Materia medica of Madras volume I
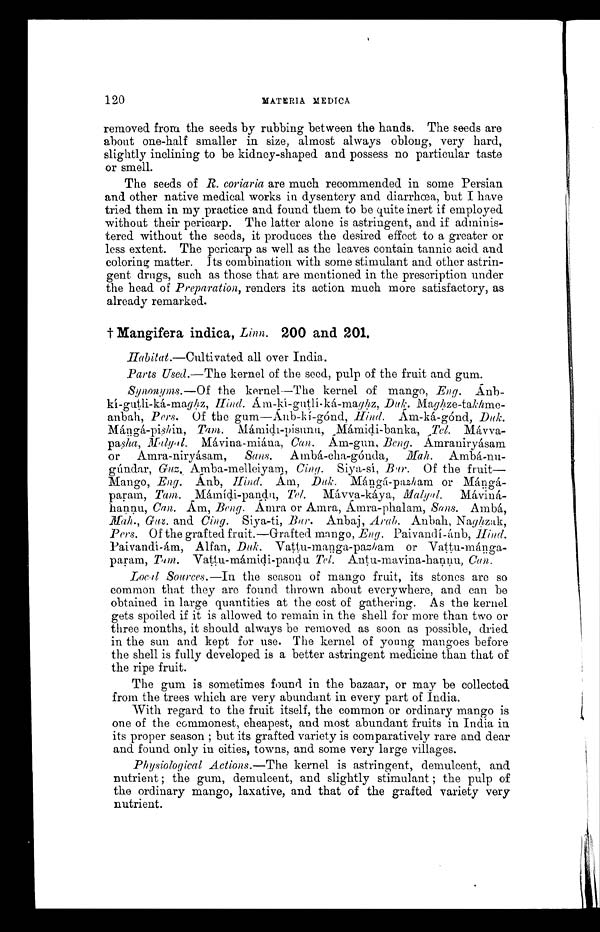
1 2 0
MATERIA MEDICA
removed from the seeds by rubbing between the hands. The seeds are
about one-half smaller in size, almost always oblong, very hard,
slightly inclining to be kidney-shaped and possess no particular taste
or smell.
The seeds of R. coriaria are much recommended in some Persian
and other native medical works in dysentery and diarrhoea, but I have
tried them in my practice and found them to be quite inert if employed
without their pericarp. The latter alone is astringent, and if adminis-
tered without the seeds, it produces the desired effect to a greater or
less extent. The pericarp as well as the leaves contain tannic acid and
coloring matter. Its combination with some stimulant and other astrin--
gent drugs, such as those that are mentioned in the prescription under
the head of Preparation, renders its action much more satisfactory, as
already remarked.
† Mangifera indica, Linn. 200 and 201,
Habitat.—Cultivated all over India..
Parts Used.—The kernel of the seed, pulp of the fruit and gum.
Synonyms.—Of the kernel--The kernel of mango, Eng. Ánb-
kí-gutli-ká-magh z, Hind. Ám-kí-gutlí-ká-maghz, Duk. Maghze-takhme-
anbah, Pers. Of the gum—Ánb-kí-gónd, Hind. Ám - k á - g ó n d , D u k .
Mángá-pishin, Tam. Mámidi-pisunu, Mámidi-banka, Tel. Mávva-
pasha, Malyal. Mávina-miána, Can. Ám-g un, Beng. Amranir yásam
or Amra-niryásam, Sans. Ambá-cha-gónda, M ah. Ambá-nu-
-gúndar, Guz. Amba-melleiyam, Ciny. Siya-sí, Bur . Of the fruit—
Mango, Eng. Ánb, Hind. Ám, Duk. Mángá-pasham or Mángá-
param, Tam. Mámídi-pandu, Tel. Mávva-káya, Malyal. Máviná--
hannu, Can. Âm, Beng. Amra or Amra, Ámra-phalam, Sans. Ambá,
Mah., Guz. and Cing. Siya-ti, Bur. Anbaj, Arab. A n b a h , N a g h i z a k ,
Pers. Of the grafted fruit.—Grafted mango, Eng. Paivandí-ánb, Hind.
Paivandí-ám, Alfan, Duk. Vattu-manga-pazham, or Vattu-mánga
-param, Tam. Vattu-mámidi-pandu Tel. Antu-mavina-hannu, Cun.
Local Sources.—In the season of mango fruit, its stones are so
common that they are found thrown about everywhere, and can be
obtained in large quantities at the cost of gathering. As the kernel
gets spoiled if it is allowed to remain in the shell for more than two or
three months, it should always be removed as soon as possible, dried
in the sun and kept for use. The kernel of young mangoes before
the shell is fully developed is a better astringent medicine than that of
the ripe fruit.
The gum is sometimes found in the bazaar, or may be collected
from the trees which are very abundant in every part of India.
With regard to the fruit itself, the common or ordinary mango is
one of the commonest, cheapest, and most abundant fruits in India in
its proper season ; but its grafted variety is comparatively rare and dear
and found only in cities, towns, and some very large villages.
Physiological Actions.—The kernel is astringent, demulcent, and
nutrient ; the gum, demulcent, and slightly stimulant ; the pulp of
the ordinary mango, laxative, and that of the grafted variety very
nutrient.